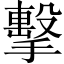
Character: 擊